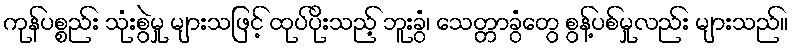
ကုန်ပစ္စည်း သုံးစွဲမှု များသဖြင့် ထုပ်ပိုးသည့် ဘူးခွံ၊ သေတ္တာခွံတွေ စွန့်ပစ်မှုလည်း များသည်။